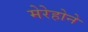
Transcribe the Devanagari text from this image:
मेरेहोने